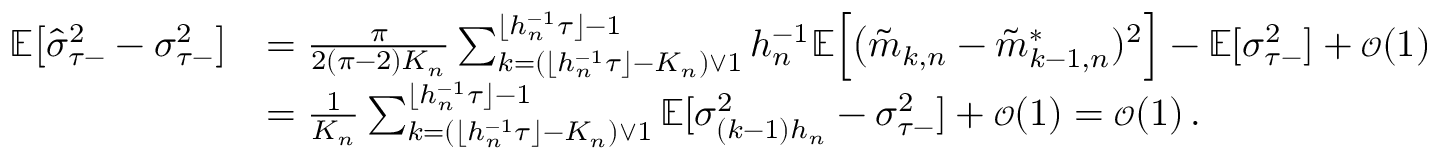
\begin{array} { r l } { \mathbb { E } \big [ \hat { \sigma } _ { \tau - } ^ { 2 } - \sigma _ { \tau - } ^ { 2 } \big ] } & { = \frac { \pi } { 2 ( \pi - 2 ) K _ { n } } \sum _ { k = ( \lfloor h _ { n } ^ { - 1 } \tau \rfloor - K _ { n } ) \vee 1 } ^ { \lfloor h _ { n } ^ { - 1 } \tau \rfloor - 1 } h _ { n } ^ { - 1 } \mathbb { E } \Big [ \big ( \tilde { m } _ { k , n } - \tilde { m } _ { k - 1 , n } ^ { * } ) ^ { 2 } \Big ] - \mathbb { E } [ \sigma _ { \tau - } ^ { 2 } ] + { \scriptstyle { \mathcal { O } } } ( 1 ) } \\ & { = \frac { 1 } { K _ { n } } \sum _ { k = ( \lfloor h _ { n } ^ { - 1 } \tau \rfloor - K _ { n } ) \vee 1 } ^ { \lfloor h _ { n } ^ { - 1 } \tau \rfloor - 1 } \mathbb { E } [ \sigma _ { ( k - 1 ) h _ { n } } ^ { 2 } - \sigma _ { \tau - } ^ { 2 } ] + { \scriptstyle { \mathcal { O } } } ( 1 ) = { \scriptstyle { \mathcal { O } } } ( 1 ) \, . } \end{array}